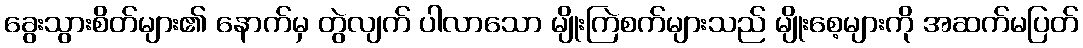
ခွေးသွားစိတ်များ၏ နောက်မှ တွဲလျက် ပါလာသော မျိုးကြဲစက်များသည် မျိုးစေ့များကို အဆက်မပြတ်